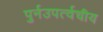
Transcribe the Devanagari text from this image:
पुर्नउपर्त्वचीय